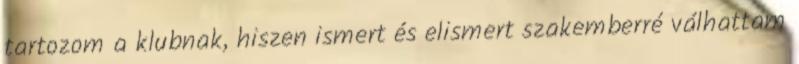
tartozom a klubnak, hiszen ismert és elismert szakemberré válhattam